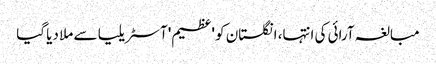
مبالغہ آرائی کی انتہا، انگلستان کو 'عظیم' آسٹریلیا سے ملا دیا گیا